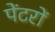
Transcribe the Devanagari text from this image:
पेंटरों